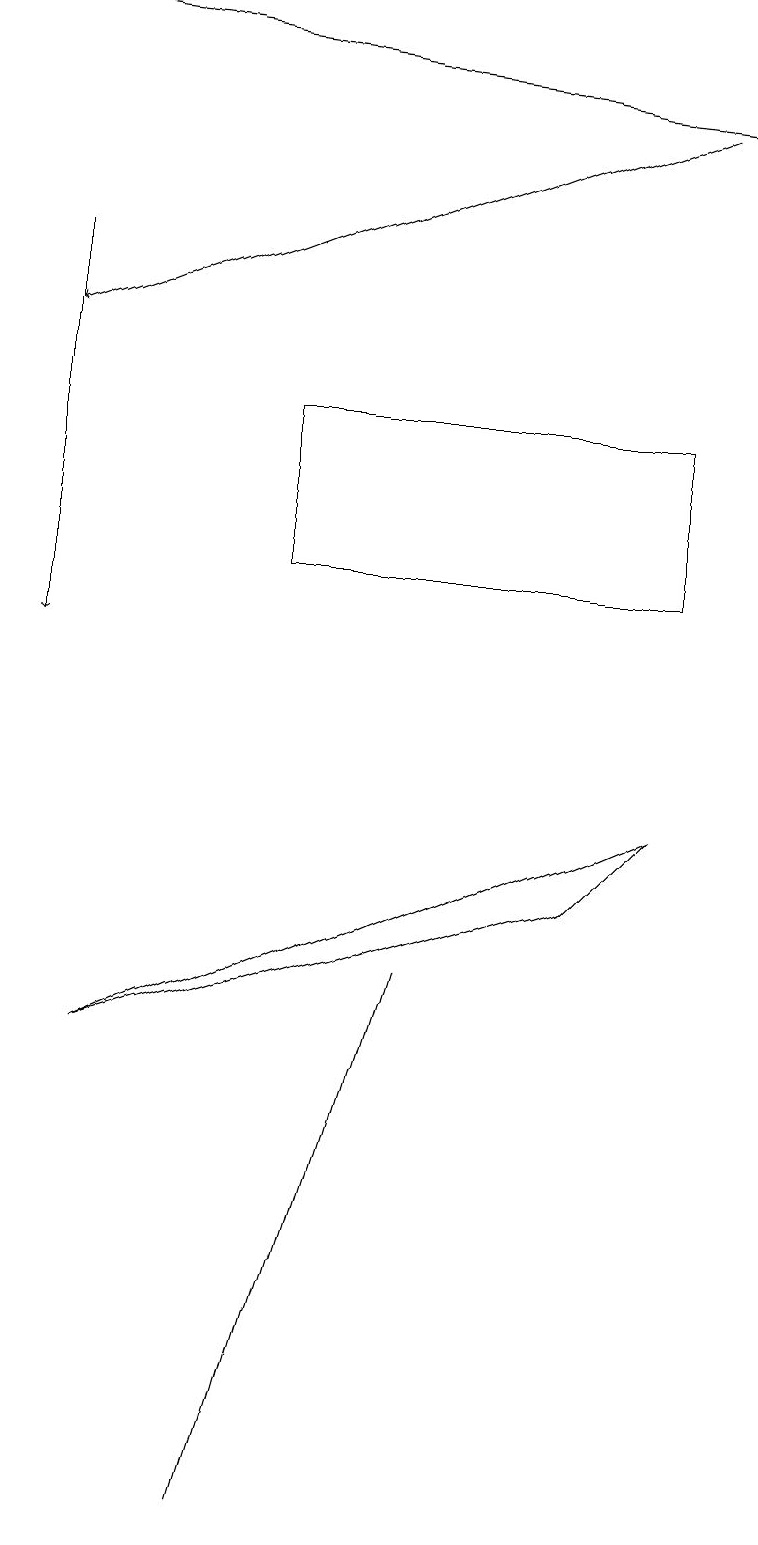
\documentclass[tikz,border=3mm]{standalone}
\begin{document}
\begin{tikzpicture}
\draw (8,9) -- (7,8) -- (1,6) -- cycle;
\draw[->] (0,19) -- (9,18);
\draw[->] (8,18) -- (0,15);
\draw[->] (0,16) -- (0,11);
\draw (3,14) rectangle (8,12);
\draw (3,0) -- (5,7) -- (3,0) -- cycle;
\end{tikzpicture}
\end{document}